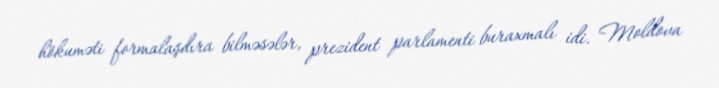
hökuməti formalaşdıra bilməsələr, prezident parlamenti buraxmalı idi. Moldova